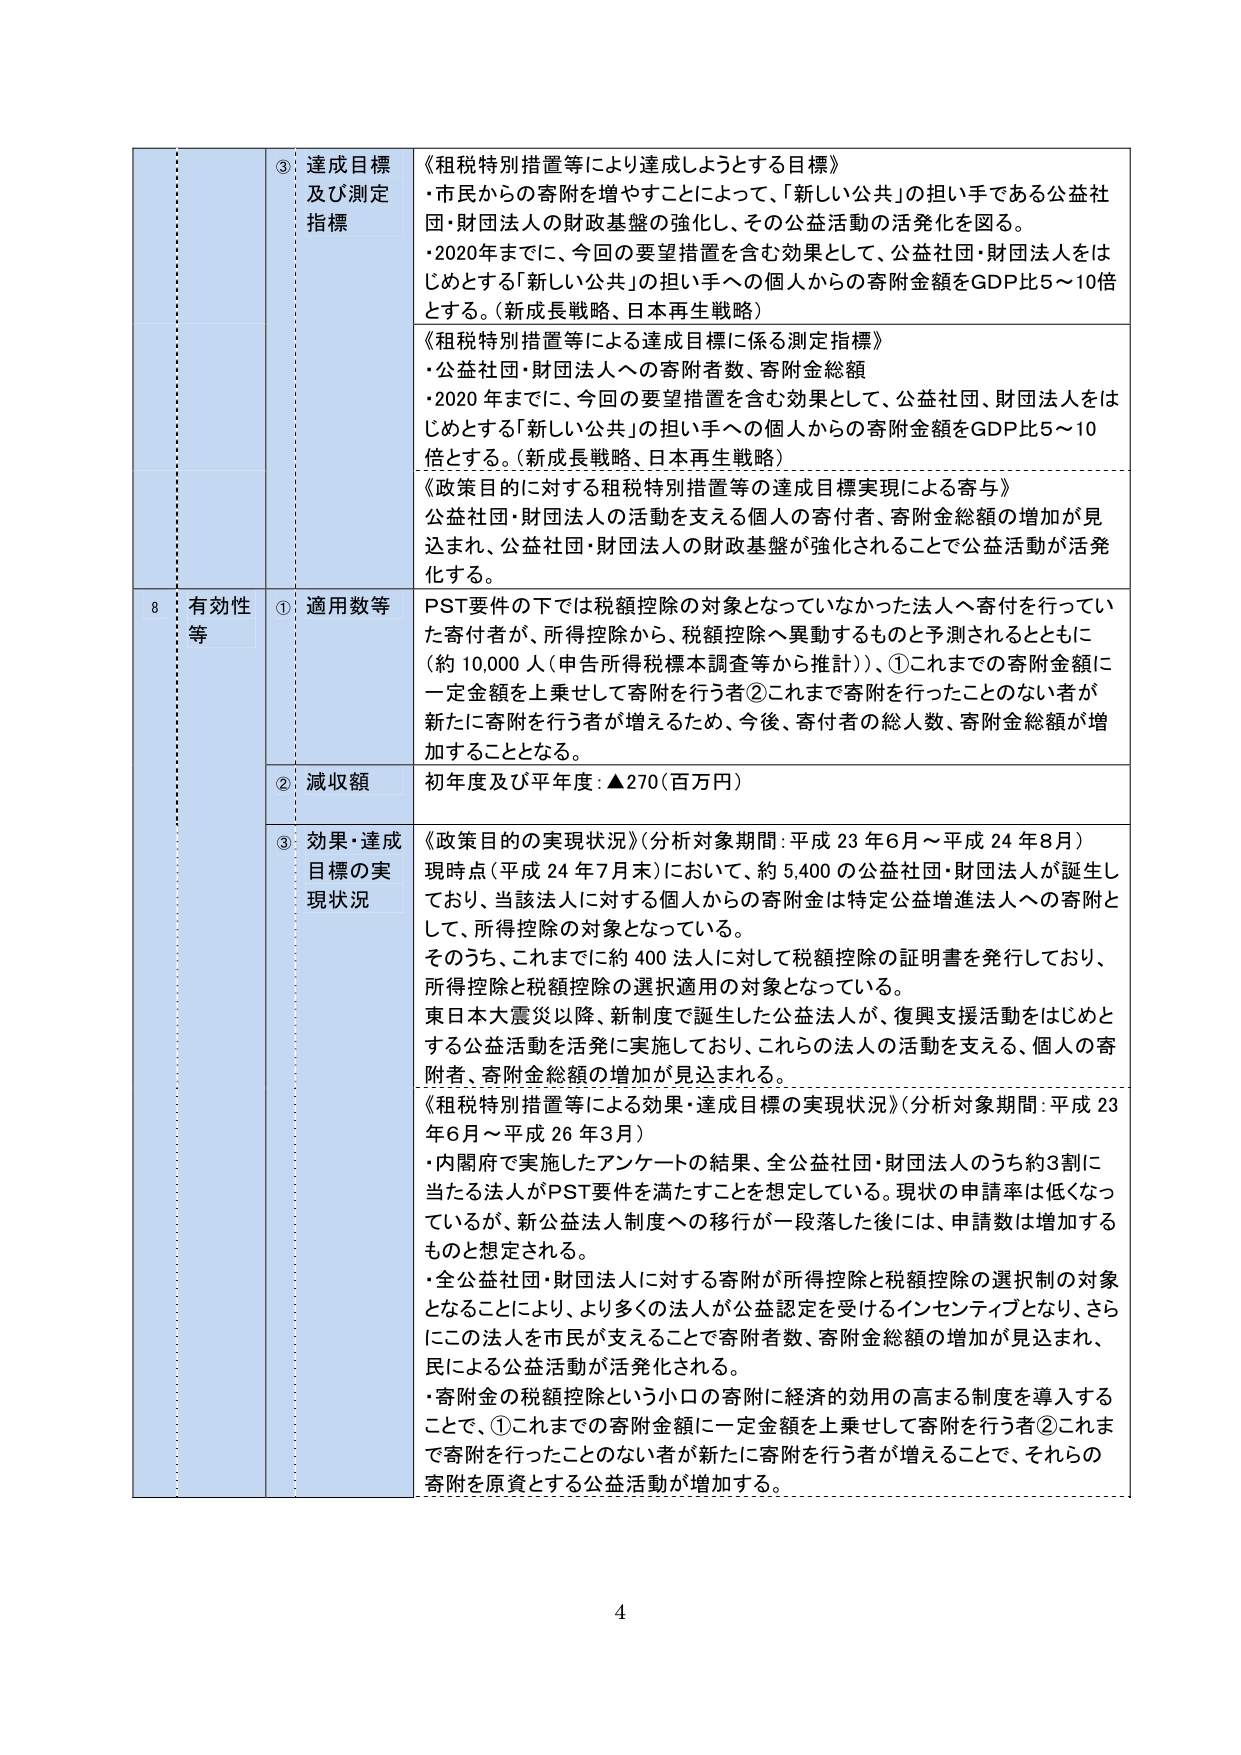
③ 達成目標及び測定指標
《租税特別措置等により達成しようとする目標》
・市民からの寄附を増やすことによって、「新しい公共」の担い手である公益社団・財団法人の財政基盤の強化し、その公益活動の活発化を図る。
・2020年までに、今回の要望措置を含む効果として、公益社団・財団法人をはじめとする「新しい公共」の担い手への個人からの寄附金額をGDP比5～10倍とする。（新成長戦略、日本再生戦略）

《租税特別措置等による達成目標に係る測定指標》
・公益社団・財団法人への寄附者数、寄附金総額
・2020年までに、今回の要望措置を含む効果として、公益社団、財団法人をはじめとする「新しい公共」の担い手への個人からの寄附金額をGDP比5～10倍とする。（新成長戦略、日本再生戦略）

《政策目的に対する租税特別措置等の達成目標実現による寄与》
公益社団・財団法人の活動を支える個人の寄付者、寄附金総額の増加が見込まれ、公益社団・財団法人の財政基盤が強化されることで公益活動が活発化する。

8 有効性等
① 適用数等
PST要件の下では税額控除の対象となっていなかった法人へ寄付を行っていた寄付者が、所得控除から、税額控除へ異動するものと予測されるとともに（約10,000人（申告所得税標本調査等から推計））、①これまでの寄附金額に一定金額を上乗せして寄附を行う者②これまで寄附を行ったことのない者が新たに寄附を行う者が増えるため、今後、寄付者の総人数、寄附金総額が増加することとなる。

② 減収額
初年度及び平年度：▲270（百万円）

③ 効果・達成目標の実現状況
《政策目的の実現状況》（分析対象期間：平成23年6月～平成24年8月）
現時点（平成24年7月末）において、約5,400の公益社団・財団法人が誕生しており、当該法人に対する個人からの寄附金は特定公益増進法人への寄附として、所得控除の対象となっている。
そのうち、これまでに約400法人に対して税額控除の証明書を発行しており、所得控除と税額控除の選択適用の対象となっている。
東日本大震災以降、新制度で誕生した公益法人が、復興支援活動をはじめとする公益活動を活発に実施しており、これらの法人の活動を支える、個人の寄附者、寄附金総額の増加が見込まれる。

《租税特別措置等による効果・達成目標の実現状況》（分析対象期間：平成23年6月～平成26年3月）
・内閣府で実施したアンケートの結果、全公益社団・財団法人のうち約3割に当たる法人がPST要件を満たすことを想定している。現状の申請率は低くなっているが、新公益法人制度への移行が一段落した後には、申請数は増加するものと想定される。
・全公益社団・財団法人に対する寄附が所得控除と税額控除の選択制の対象となることにより、より多くの法人が公益認定を受けるインセンティブとなり、さらにこの法人を市民が支えることで寄附者数、寄附金総額の増加が見込まれ、民による公益活動が活発化される。
・寄附金の税額控除という小口の寄附に経済的効用の高まる制度を導入することで、①これまでの寄附金額に一定金額を上乗せして寄附を行う者②これまで寄附を行ったことのない者が新たに寄附を行う者が増えることで、それらの寄附を原資とする公益活動が増加する。

4